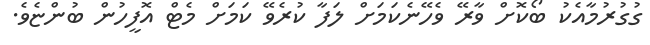
ގުގުރުމާއެކު ބޯކޮށް ވާރޭ ވެހޭނެކަމަށް ލަފާ ކުރެވޭ ކަމަށް މެޓް އޮފީހުން ބުންޏެވެ.